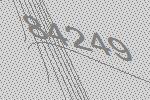
84249